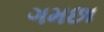
ગમછા